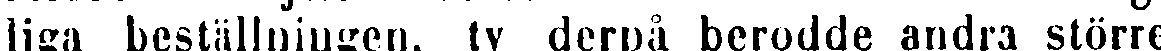
liga beställningen, ty derpå berodde andra större